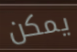
يمكن